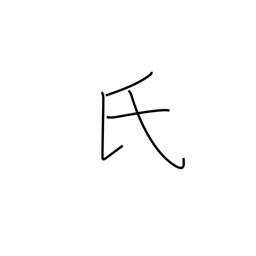
Meaning: surname